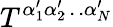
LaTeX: T^{\alpha_{1}^{\prime}\alpha_{2}^{\prime}\phantom{q}\! \! \! \dots\alpha_{N}^{\prime}}